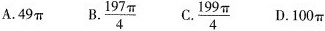
A. 49 \pi B. \frac{197 \pi}{4} C. \frac{199 \pi}{4} D. 100\pi